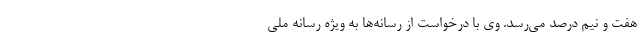
هفت و نیم درصد می‌رسد. وی با درخواست از رسانه‌ها به ویژه رسانه ملی